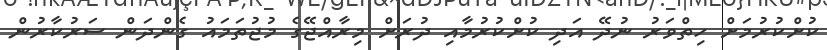
ކުށްކުރުމަށް ހިތްވަރު ނުދޭ އަދި ކުށްކުރުމާއި ދުރަށް މިރާއްޖޭގެ މުޖުތަމައު ގެންދަން ސަރުކާރުން